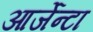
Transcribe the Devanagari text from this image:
आर्जेन्टा